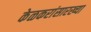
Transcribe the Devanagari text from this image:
केळकरांसारख्या